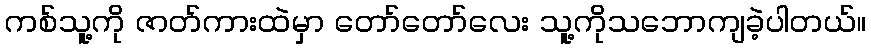
ကစ်သူ့ကို ဇာတ်ကားထဲမှာ တော်တော်လေး သူ့ကိုသဘောကျခဲ့ပါတယ်။